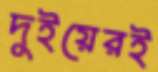
দুইয়েরই